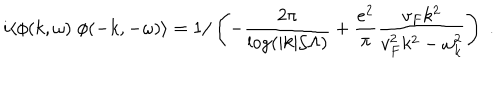
i \langle \phi ( k , \omega ) \; \phi ( - k , - \omega ) \rangle = 1 / \left( - \frac { 2 \pi } { \log ( | k | / \Lambda ) } + \frac { e ^ { 2 } } { \pi } \frac { v _ { F } k ^ { 2 } } { v _ { F } ^ { 2 } k ^ { 2 } - \omega _ { k } ^ { 2 } } \right) \; . \;